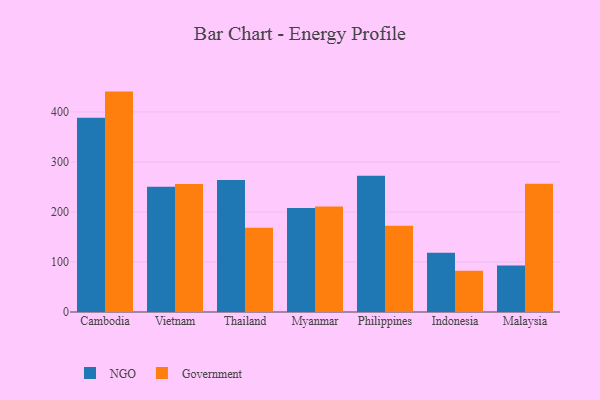
{"axis": {"x": "Country", "y": "Population (Million)"}, "legend": ["Government", "NGO"], "data": [{"x": "Cambodia", "y": 388.3, "type": "NGO"}, {"x": "Cambodia", "y": 440.7, "type": "Government"}, {"x": "Vietnam", "y": 250.5, "type": "NGO"}, {"x": "Vietnam", "y": 256.1, "type": "Government"}, {"x": "Thailand", "y": 263.7, "type": "NGO"}, {"x": "Thailand", "y": 168.5, "type": "Government"}, {"x": "Myanmar", "y": 208.1, "type": "NGO"}, {"x": "Myanmar", "y": 210.8, "type": "Government"}, {"x": "Philippines", "y": 272.5, "type": "NGO"}, {"x": "Philippines", "y": 172.3, "type": "Government"}, {"x": "Indonesia", "y": 118.3, "type": "NGO"}, {"x": "Indonesia", "y": 82.5, "type": "Government"}, {"x": "Malaysia", "y": 93.2, "type": "NGO"}, {"x": "Malaysia", "y": 256.6, "type": "Government"}]}